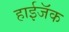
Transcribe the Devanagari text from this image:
हाईजॅक